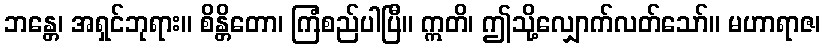
ဘန္တေ၊ အရှင်ဘုရား။ စိန္တိတော၊ ကြံစည်ပါပြီ။ ဣတိ၊ ဤသို့လျှောက်လတ်သော်။ မဟာရာဇ၊